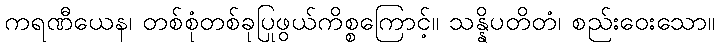
ကရဏီယေန၊ တစ်စုံတစ်ခုပြုဖွယ်ကိစ္စကြောင့်။ သန္နိပတိတံ၊ စည်းဝေးသော။